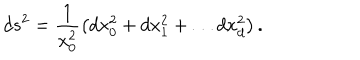
LaTeX: d s ^ { 2 } = \frac { 1 } { x _ { 0 } ^ { 2 } } \left( d x _ { 0 } ^ { 2 } + d x _ { 1 } ^ { 2 } + \ldots d x _ { d } ^ { 2 } \right) .